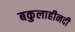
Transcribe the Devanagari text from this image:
बकुलाहीनदी